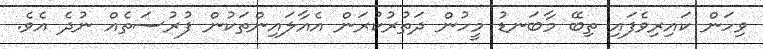
ވިހަން ކައިރިވެފައި ތިބޭ މާބަނޑު މީހުން ދަތުރުކުރަން އެއާލައިންތަކުން ފުރުސަތެއް ނުދެ އެވެ.